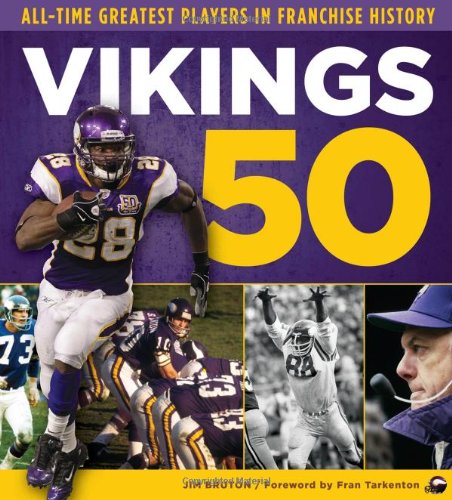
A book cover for Vikings 50: All-Time Greatest Players in Franchise History; Jim Bruton; Travel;